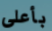
بأعلى